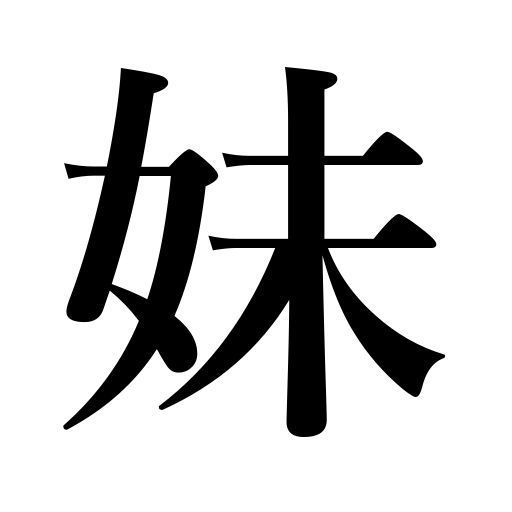
Meanings: younger sister